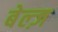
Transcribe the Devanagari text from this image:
बेल्ज़